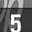
Digit: 5